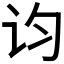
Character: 𬣝